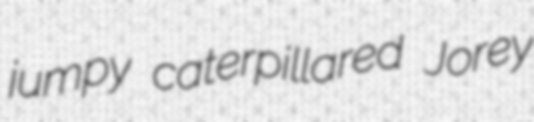
jumpy caterpillared Jorey